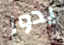
يدور